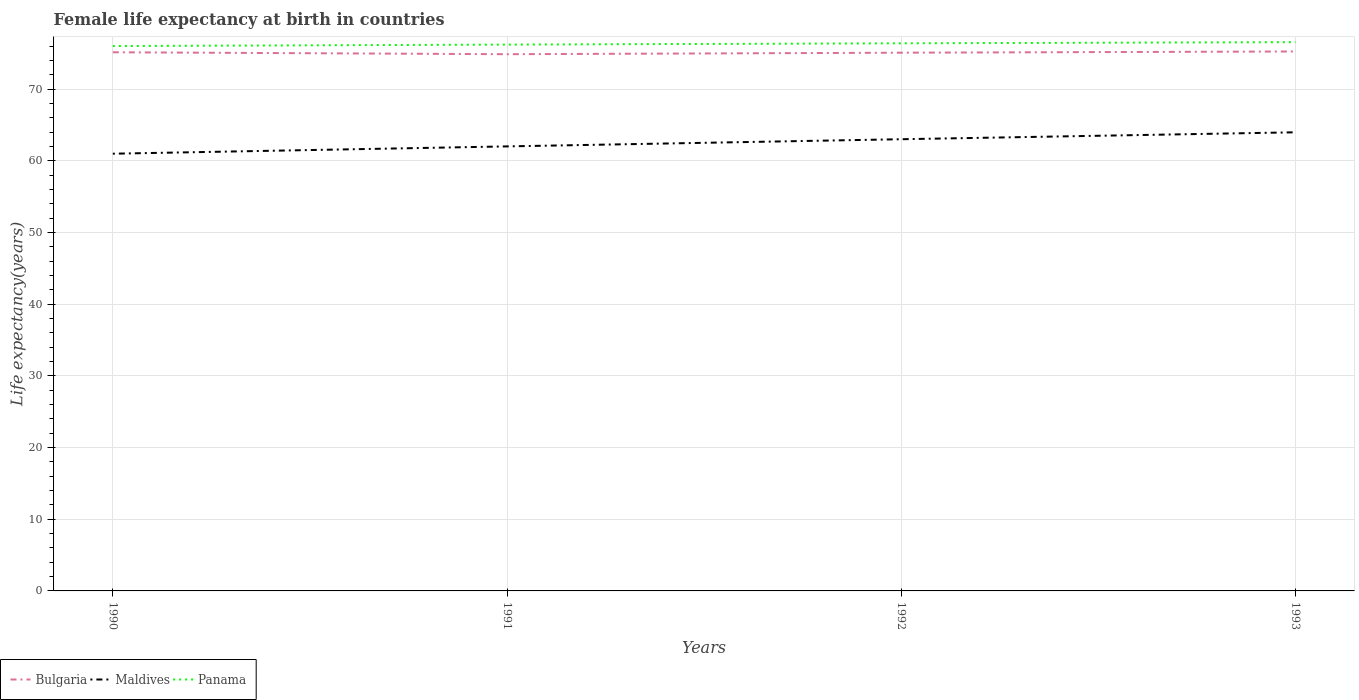
| Years | Bulgaria | Maldives | Panama |
 | --- | --- | --- | --- |
 | 1990 | 75.2 | 61 | 76 |
 | 1991 | 74.9 | 62 | 76.2 |
 | 1992 | 75.1 | 63 | 76.4 |
 | 1993 | 75.3 | 64 | 76.6 |